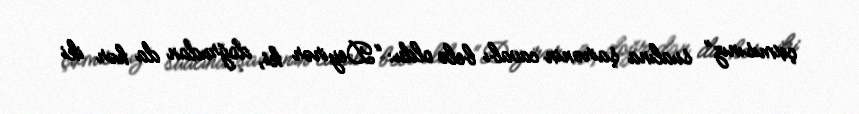
çıxmısınız” sualına şairənin cavabı belə oldu: “Deyirər ki, doğrudan da hər iki